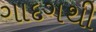
ગાદગથી